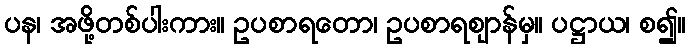
ပန၊ အဖို့တစ်ပါးကား။ ဥပစာရတော၊ ဥပစာရဈာန်မှ။ ပဋ္ဌာယ၊ စ၍။